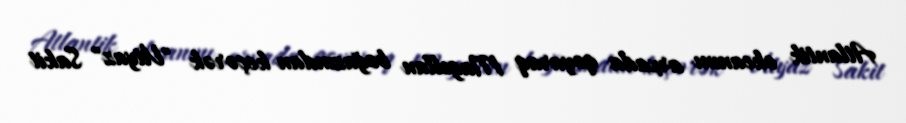
Atlantik okeanını arxada qoyaraq Magellan boğazından keçərək "Vityaz" Sakit